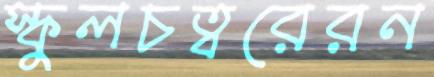
স্কুলচত্বরেরন